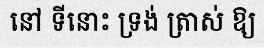
នៅ ទីនោះ ទ្រង់ ត្រាស់ ឱ្យ